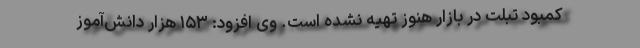
کمبود تبلت در بازار هنوز تهیه نشده است. وی افزود: ۱۵۳ هزار دانش‌آموز